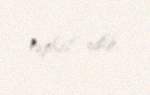
təşkil edib.